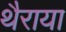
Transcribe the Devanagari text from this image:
थैराया